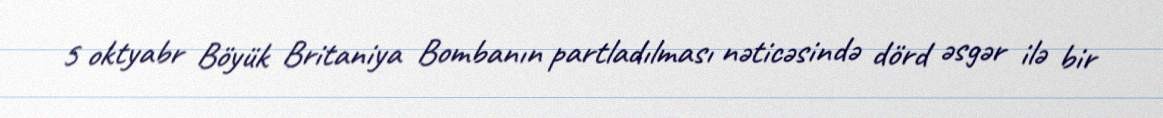
5 oktyabr Böyük Britaniya Bombanın partladılması nəticəsində dörd əsgər ilə bir